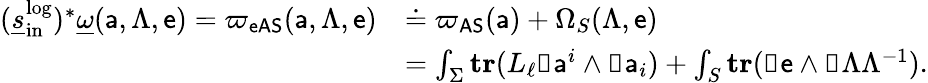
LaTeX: \begin{array}{rl}{(\underline{{s}}_{\mathrm{in}}^{\mathrm{log}})^{*}\underline{{\omega}}({\mathsf{a}},\Lambda,{\mathsf{e}})={\varpi_{\mathsf{eAS}}}({\mathsf{a}},\Lambda,{\mathsf{e}})}&{\doteq{\varpi_{\mathsf{AS}}}({\mathsf{a}})+\Omega_{S}(\Lambda,{\mathsf{e}})}\\ &{=\int_{\Sigma}\mathbf{tr}(L_{\ell}\mathbb{d}{\mathsf{a}}^{i}\wedge\mathbb{d}{\mathsf{a}}_{i})+\int_{S}\mathbf{tr}(\mathbb{d}{\mathsf{e}}\wedge\mathbb{d}\Lambda\Lambda^{-1}).}\end{array}